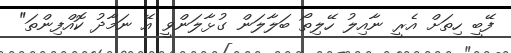
ފޭބީ ހިތަށް އެރީ ނާއިލު ހޭލިތޯ ބަލާލަން ގުޅާލަންވީ އޭ ނަމާދު ކޮއްފިންތަ"